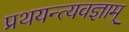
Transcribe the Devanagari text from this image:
प्रथयन्त्यवज्ञाम्‌